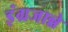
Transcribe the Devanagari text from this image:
इंग्रजान्ने